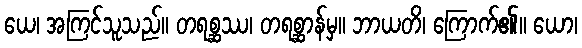
ယေ၊ အကြင်သူသည်။ တရစ္ဆဿ၊ တရစ္ဆာန်မှ။ ဘာယတိ၊ ကြောက်၏။ ယော၊